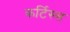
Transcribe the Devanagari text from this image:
कर्टिस्स